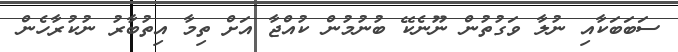
ސަބަބަކާއި ނުލާ ވަގުތުން ނޫނެކޭ ބުނުމުން ކުއްޖާ އަށް ތިމާ އިތުބާރު ނުކުރާހެން